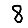
Digit: 8